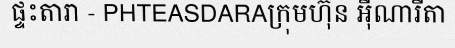
ផ្ទះតារា - PHTEASDARAក្រុមហ៊ុន អ៊ីណារីតា